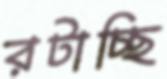
রটাচ্ছি